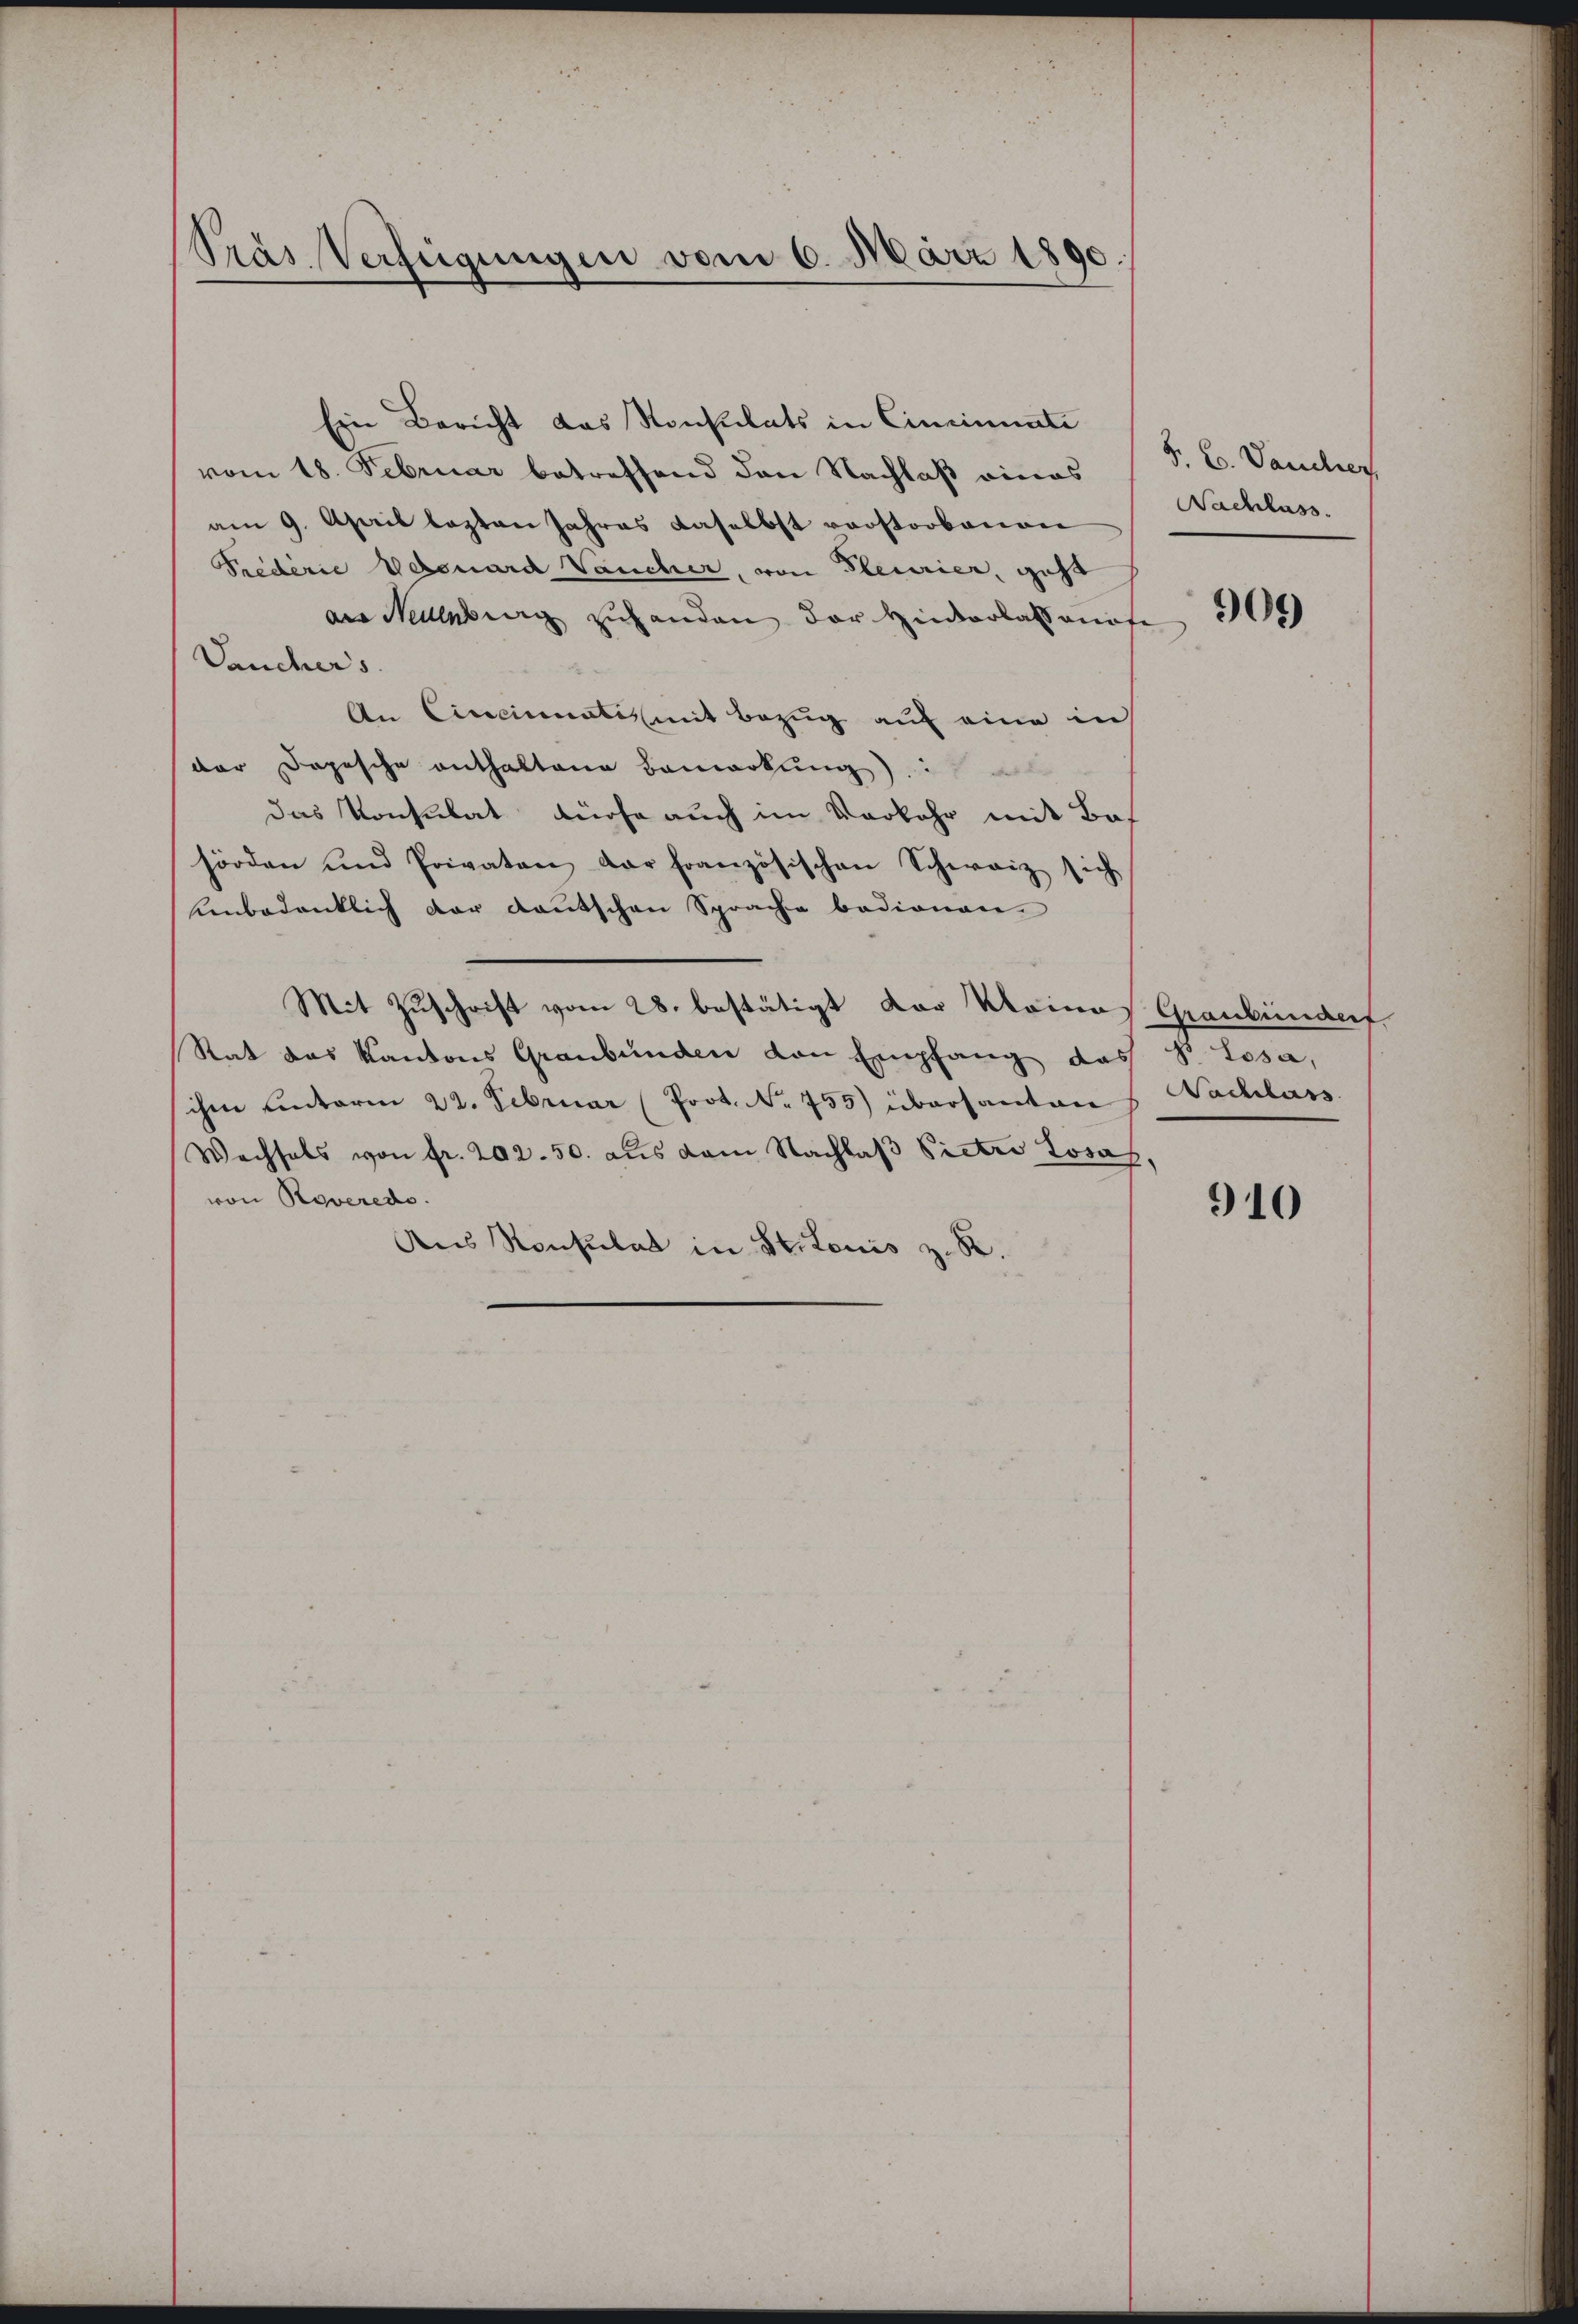
Prás Verfügungen vom 6. März 1890.

Ein Bericht das Konsulats in Cinciniste
vom 18. Februar betreffend den Nachlaß eines
am 9. April lasten Jahres daselbst vorstorbenen
Triderie Nebenard Vaucher, von Pleurier, gest
aus selberg zu handen der Hinterlassenate
Vauchers
F
An Cincinatis mit Bezug auf eine in
der Dopische enthaltene Bemerkung:
das Konsulat durche auch im Vorkehr mit Bas
hörden und Privaten der französischen Schweiz sich
Unbedenklich der deutschen Sprache badionen.
Mit Zuschrift vom 28. bestätigt Dor Kleines Graubündert
Rat das Kantons Graubünden von Empfang des S. Losa,
ihen unterm 22. Februar (Prot. No 755) übersanten
Wechsels von fr. 202. 50. aus dem Nachlaβ Pietri Josas,
von Roveredo
Aus Konsulat in St. Louis z. R.

8. 20. Jaucher
Nachlass.

909

Nachlass

910